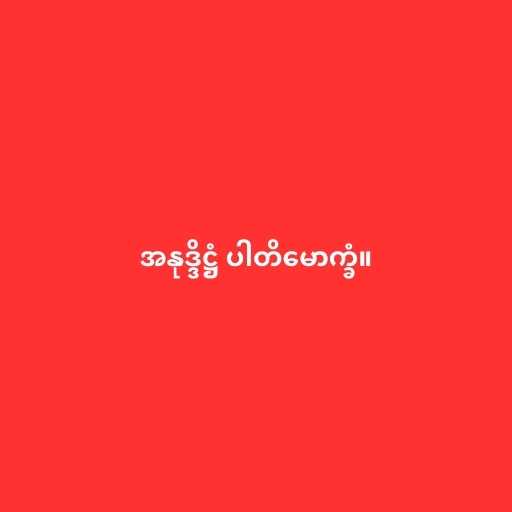
အနုဒ္ဒိဋ္ဌံ ပါတိမောက္ခံ။